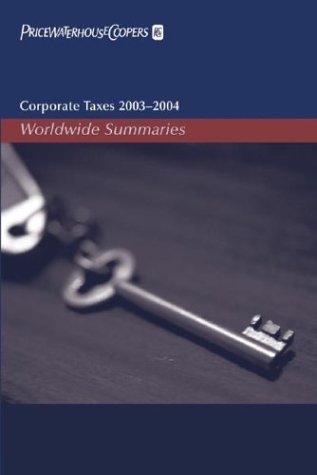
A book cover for Corporate Taxes 2003-2004: Worldwide Summaries (Corporate Taxes: Worldwide Summaries); PricewaterhouseCoopers LLP; Law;